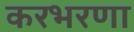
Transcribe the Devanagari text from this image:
करभरणा